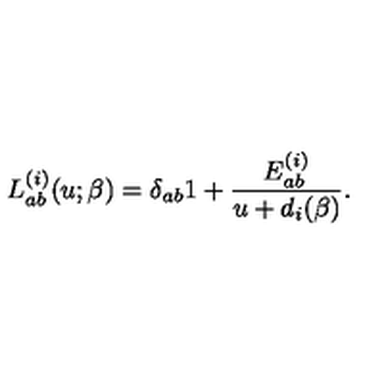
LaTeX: L _ { a b } ^ { ( i ) } ( u ; \beta ) = \delta _ { a b } 1 + \frac { E _ { a b } ^ { ( i ) } } { u + d _ { i } ( \beta ) } .